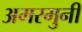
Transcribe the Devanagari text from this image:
अमरमुनी